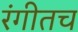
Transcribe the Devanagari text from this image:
रंगीतच